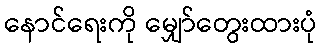
နောင်ရေးကို မျှော်တွေးထားပုံ